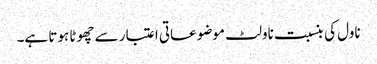
ناول کی بنسبت ناولٹ موضوعاتی اعتبار سے چھوٹا ہوتا ہے۔